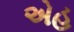
એહ